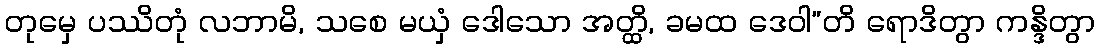
တုမှေ ပဿိတုံ လဘာမိ, သစေ မယှံ ဒေါသော အတ္ထိ, ခမထ ဒေဝါ”တိ ရောဒိတွာ ကန္ဒိတွာ